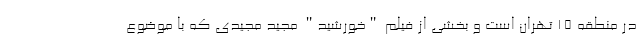
در منطقه 15 تهران است و بخشی از فیلم "خورشید" مجید مجیدی که با موضوع